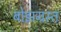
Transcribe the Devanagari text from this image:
बोझग्रस्त